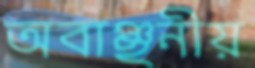
অবাঞ্ছনীয়